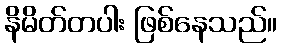
နိမိတ်တပါး ဖြစ်နေသည်။